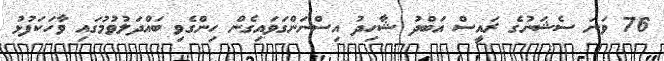
76 ވަނަ ސެޝަނުގެ ރައީސް އަބްދު ޝާހިދު އިސްނަންގަވައިގެން ހިންގެވި ބައްދަލުވުމުގައި ވާހަކަފުޅު